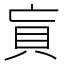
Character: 𰶲